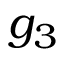
g _ { 3 }